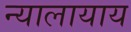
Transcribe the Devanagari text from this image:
न्यालायाय